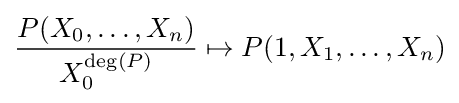
{\frac {P(X_{0},\ldots ,X_{n})}{X_{0}^{\deg(P)}}}\mapsto P(1,X_{1},\ldots ,X_{n})